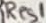
Text: Res1